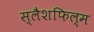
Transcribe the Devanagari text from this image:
स्लैशफिल्म